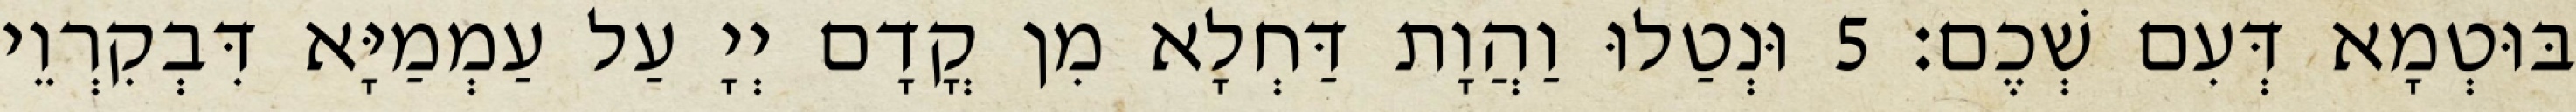
בּוּטְמָא דְּעִם שְׁכֶם׃ 5 וּנְטַלוּ וַהֲוָת דַּחְלָא מִן קֳדָם יְיָ עַל עַמְמַיָּא דִּבְקִרְוֵי